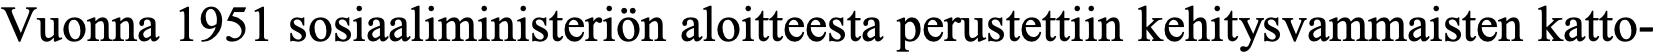
Vuonna 1951 sosiaaliministeriön aloitteesta perustettiin kehitysvammaisten katto-